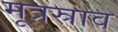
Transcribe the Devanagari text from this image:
मूत्रस्राव